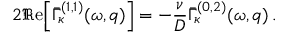
2 \Re \mathrm { e } \Big [ \bar { \Gamma } _ { \kappa } ^ { ( 1 , 1 ) } ( \omega , q ) \Big ] = - \frac { \nu } { { \cal D } } \bar { \Gamma } _ { \kappa } ^ { ( 0 , 2 ) } ( \omega , q ) \, .